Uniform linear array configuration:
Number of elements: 64
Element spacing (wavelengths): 0.75
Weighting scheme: exponential
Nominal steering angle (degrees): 60
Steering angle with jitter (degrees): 61.505
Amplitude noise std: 0.05
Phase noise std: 0.05

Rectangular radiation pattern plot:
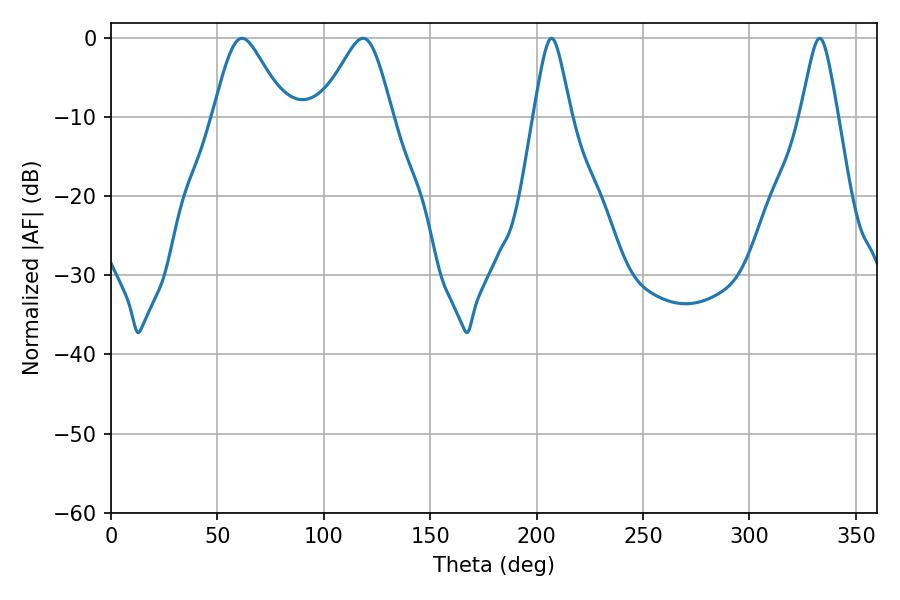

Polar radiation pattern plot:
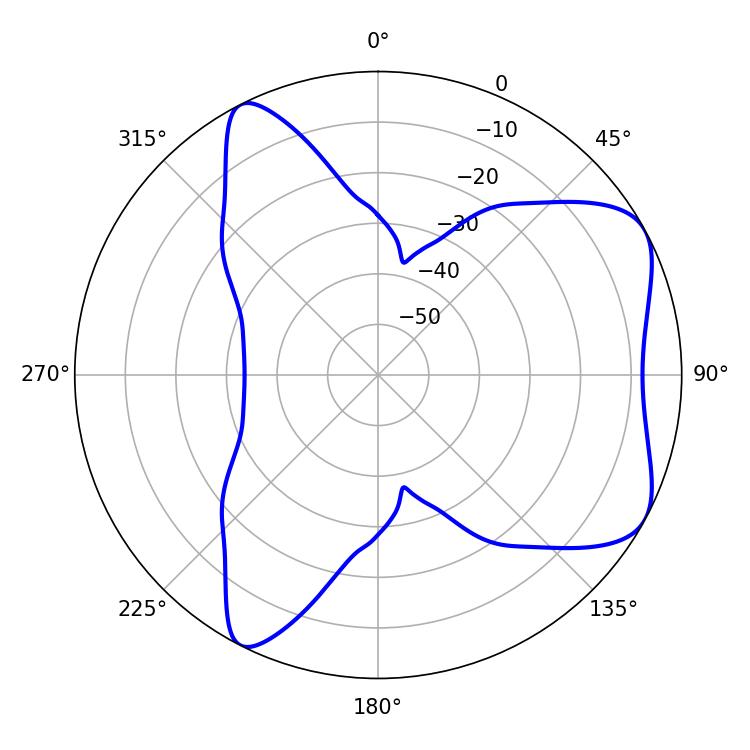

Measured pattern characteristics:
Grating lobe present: TRUE
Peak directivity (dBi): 6.255
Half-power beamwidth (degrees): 16.56
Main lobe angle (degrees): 61.56